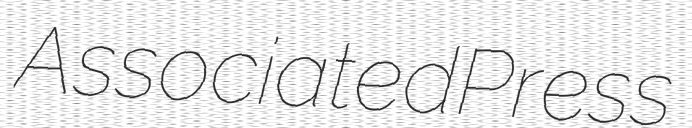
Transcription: Associated Press